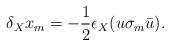
LaTeX: \begin{align*}\delta_{X}x_{m}=-\frac12\epsilon_{X}(u\sigma_m\bar u).\end{align*}